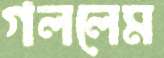
গললেম